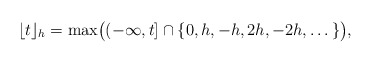
\begin{align*} \lfloor t \rfloor_h = \max\!\big( ( - \infty, t ] \cap \{ 0, h, -h, 2 h , - 2 h , \dots \} \big) ,\end{align*}